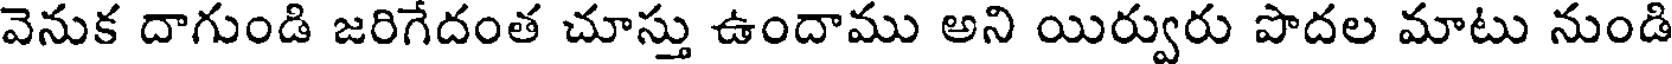
వెనుక దాగుండి జరిగేదంత చూస్తు ఉందాము అని యిర్వురు పొదల మాటు నుండి